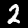
Label: 2